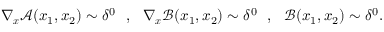
\nabla _ { \boldsymbol { x } } \boldsymbol { \mathcal { A } } ( x _ { 1 } , x _ { 2 } ) \sim \delta ^ { 0 } \ \ , \ \ \nabla _ { \boldsymbol { x } } \boldsymbol { \mathcal { B } } ( x _ { 1 } , x _ { 2 } ) \sim \delta ^ { 0 } \ \ , \ \ \boldsymbol { \mathcal { B } } ( x _ { 1 } , x _ { 2 } ) \sim \delta ^ { 0 } .